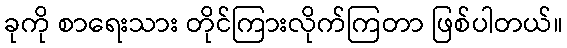
ခုကို စာရေးသား တိုင်ကြားလိုက်ကြတာ ဖြစ်ပါတယ်။